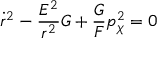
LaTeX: \dot { r } ^ { 2 } - \frac { E ^ { 2 } } { r ^ { 2 } } G + \frac { G } { F } p _ { \chi } ^ { 2 } = 0